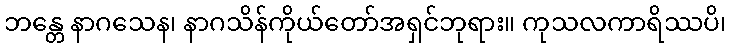
ဘန္တေ နာဂသေန၊ နာဂသိန်ကိုယ်တော်အရှင်ဘုရား။ ကုသလကာရိဿပိ၊